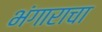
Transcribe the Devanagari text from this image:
भंगाराचा